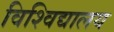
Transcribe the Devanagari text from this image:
विश्‍विद्यालय